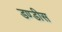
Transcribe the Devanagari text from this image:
डण्डीस